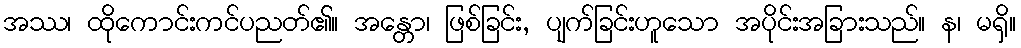
အဿ၊ ထိုကောင်းကင်ပညတ်၏။ အန္တော၊ ဖြစ်ခြင်း, ပျက်ခြင်းဟူသော အပိုင်းအခြားသည်။ န၊ မရှိ။